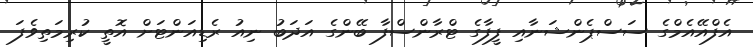
އެފްއޭއެމްގެ ސަސްޕެންޝަނާއި ފީފާގެ ޓްރާންސްފާ ބޭންގެ އަދަބު ނިއު ރެޑިއަންޓަށް އޮތީ ކުރިމަތިވެފަ